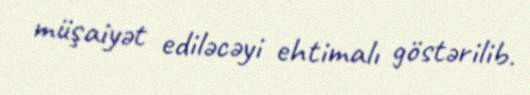
müşaiyət ediləcəyi ehtimalı göstərilib.